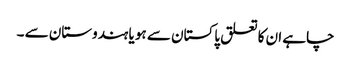
چاہے ان کا تعلق پاکستان سے ہو یا ہندوستان سے ۔